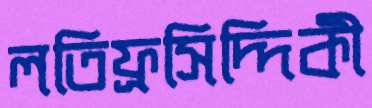
লতিফ্রসিদ্দিকী